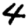
Digit: 4